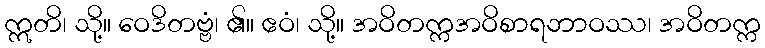
ဣတိ၊ သို့။ ဝေဒိတဗ္ဗံ၊ ၏။ ဧဝံ၊ သို့။ အဝိတက္ကအဝိစာရဘာဝဿ၊ အဝိတက္က